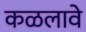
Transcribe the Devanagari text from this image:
कळलावे